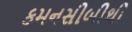
કમનસીબીથી